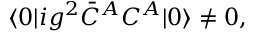
\langle 0 | i g ^ { 2 } \bar { C } ^ { A } C ^ { A } | 0 \rangle \not = 0 ,